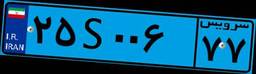
۲۵S۰۰۶۷۷